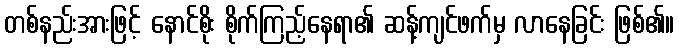
တစ်နည်းအားဖြင့် နောင်စိုး စိုက်ကြည့်နေရာ၏ ဆန့်ကျင်ဖက်မှ လာနေခြင်း ဖြစ်၏။